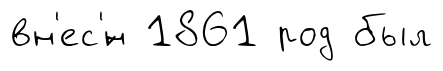
вн'ес'́н 1861 род был